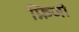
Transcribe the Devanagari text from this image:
फ़िजो